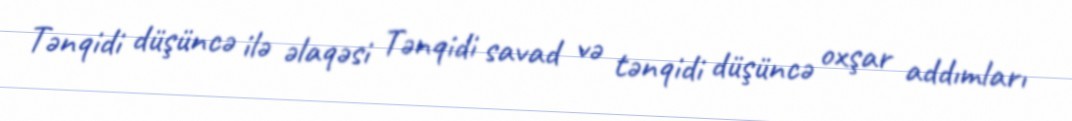
Tənqidi düşüncə ilə əlaqəsi Tənqidi savad və tənqidi düşüncə oxşar addımları